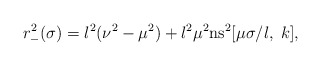
\begin{align*}r_-^2(\sigma)=l^2(\nu^2-\mu^2)+l^2\mu^2\mbox{ns}^2[\mu \sigma/l,\;k],\end{align*}